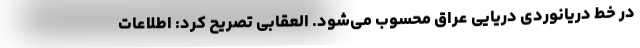
در خط دریانوردی دریایی عراق محسوب می‌شود. العقابی تصریح کرد: اطلاعات